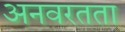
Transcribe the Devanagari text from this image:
अनवरतता